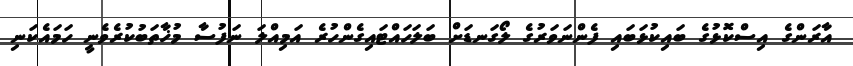
އާރަންގެ އިސްކޮޅުގެ ބައިކުޅަބައި ފެންނަވަރުގެ ލޯގަނޑަށް ބަލަހައްޓައިގެންހުރެ އަމިއްލަ ނަފުސާ މުޚާތަބުކުރެވެނީ ހަމައެކަނި